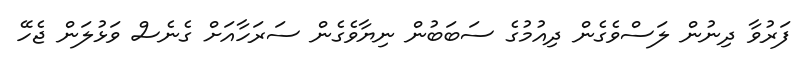
ފަރުވާ ދިނުން ލަސްވެގެން ދިއުމުގެ ސަބަބުން ނިޔާވެގެން ސަރަހާއަށް ގެނެސް ވަޅުލަން ޖެހޭ